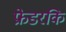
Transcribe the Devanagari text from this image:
फ्रेडरकि